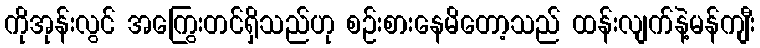
ကိုအုန်းလွင် အကြွေးတင်ရှိသည်ဟု စဉ်းစားနေမိတော့သည် ထန်းလျက်နဲ့မန်ကျီး